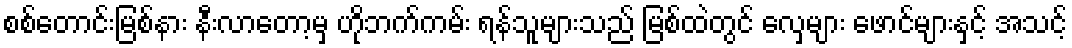
စစ်တောင်းမြစ်နား နီးလာတော့မှ ဟိုဘက်ကမ်း ရန်သူများသည် မြစ်ထဲတွင် လှေများ ဖောင်များနှင့် အသင့်